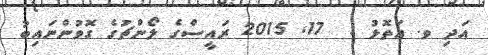
އަދި ވ. އަތޮޅު :  17